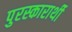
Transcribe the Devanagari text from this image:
पुरस्कारार्थी